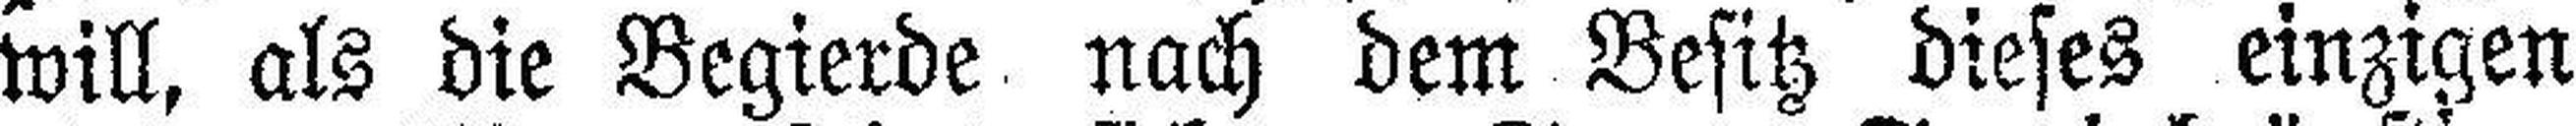
will, als die Begierde nach dem Besitz dieses einzigen